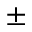
\pm